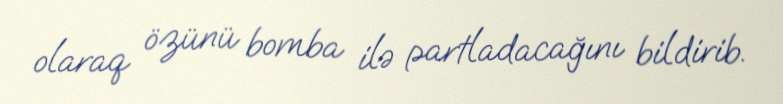
olaraq özünü bomba ilə partladacağını bildirib.